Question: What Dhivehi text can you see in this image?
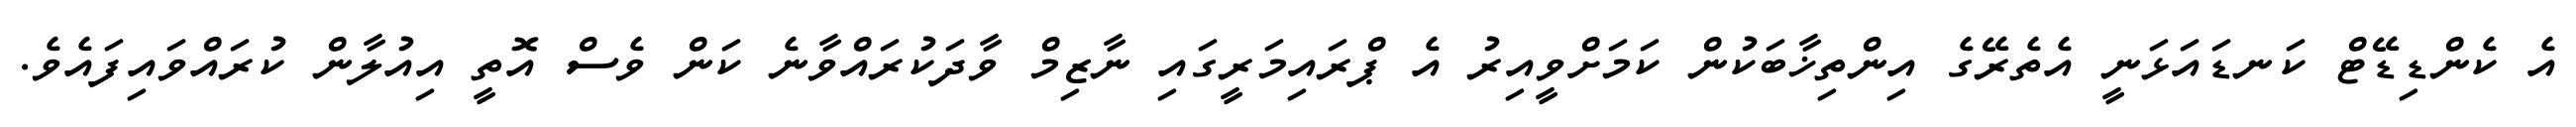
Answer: އެ ކެންޑިޑޭޓް ކަނޑައަޅަނީ އެތެރޭގެ އިންތިޚާބަކުން ކަމަށްވީއިރު އެ ޕްރައިމަރީގައި ނާޒިމް ވާދަކުރައްވާނެ ކަން ވެސް އޮތީ އިއުލާން ކުރައްވައިފައެވެ.